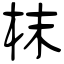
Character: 枺